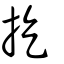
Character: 扢